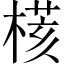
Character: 𣘃